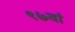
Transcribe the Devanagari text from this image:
९७वां